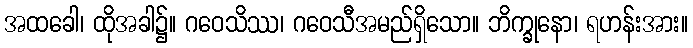
အထခေါ၊ ထိုအခါ၌။ ဂဝေသိဿ၊ ဂဝေသီအမည်ရှိသော။ ဘိက္ခုနော၊ ရဟန်းအား။